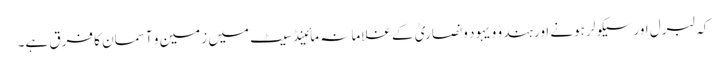
کہ لبرل اور سیکولر ہونے اور ہندو و یہود و نصاریٰ کے غلامانہ مائینڈ سیٹ میں زمین و آسمان کا فرق ہے۔